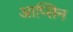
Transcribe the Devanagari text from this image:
आप्सिन